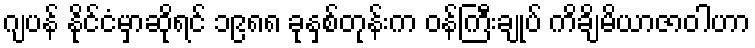
ဂျပန် နိုင်ငံမှာဆိုရင် ၁၉၈၈ ခုနှစ်တုန်းက ဝန်ကြီးချုပ် ကိချိမိယာဇာဝါဟာ